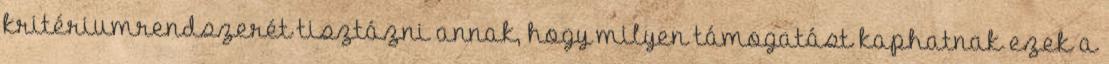
kritériumrendszerét tisztázni annak, hogy milyen támogatást kaphatnak ezek a